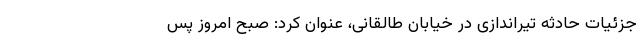
جزئیات حادثه تیراندازی در خیابان طالقانی، عنوان کرد: صبح امروز پس